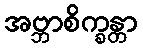
အဗ္ဘာစိက္ခန္တာ